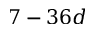
7 - 3 6 d